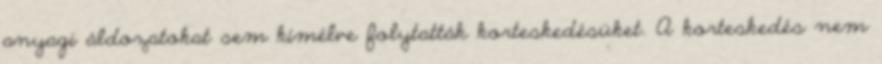
anyagi áldozatokat sem kímélve folytatták korteskedésüket. A korteskedés nem